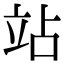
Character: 站